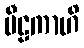
ပီဠကာဟိ